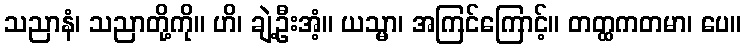
သညာနံ၊ သညာတို့ကို။ ဟိ၊ ချဲ့ဦးအံ့။ ယသ္မာ၊ အကြင်ကြောင့်။ တတ္ထကတမာ၊ ပေ။